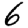
Digit: 6